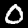
Label: 0